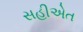
સહીએત